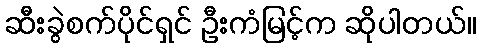
ဆီးခွဲစက်ပိုင်ရှင် ဦးကံမြင့်က ဆိုပါတယ်။